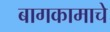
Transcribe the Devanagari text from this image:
बागकामाचे